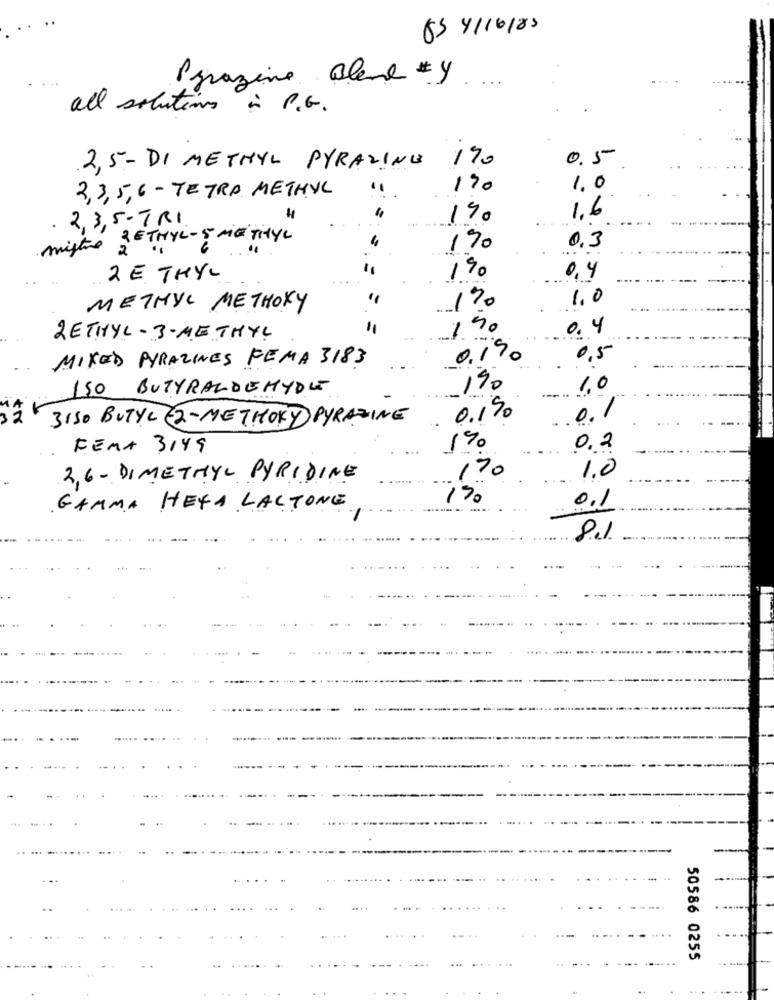
63 4/16/83
Parazine alene #Y.
all solutions in P.G.
2,5-DI METHYL PYRAZING 190
0.5
2,3, 5,6 - TETRA METHYL
170
1.0
2 , 3 , 5 - TRI
140
1.6
2ETHYL - 5 ME THYL
miste 2 "
170
0.3
11
2E THYL
190
0,4
170
1,0
METHYL METHOXY
11
150
0.4
2ETHYL-3-METHYL
MIXED PYRAZINES FEMA 3183
0.170
0,5
ISO BUTYRALDEHYDLE
190
1.0
3150 BUTYL (2 - METHOKY PYRAZINE
0,1%
0.1
FEMA 3149
170
0,2
1.0
2,6 - DIMETHYL PYRIDINE
170
170
0.1
GAMMA HEXA LACTONE
...
8.el
50586 0255